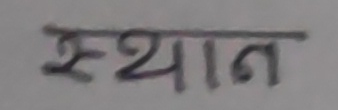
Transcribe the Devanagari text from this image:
स्थान